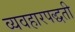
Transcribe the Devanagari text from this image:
व्यवहारपद्धती